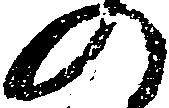
の